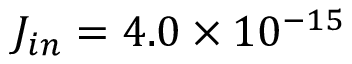
J _ { i n } = 4 . 0 \times 1 0 ^ { - 1 5 }